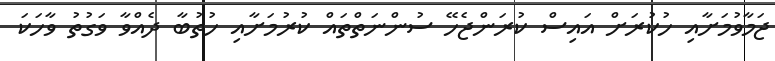
ޖަމާވުމަށާއި ހުކުރަށް އައިސް ކުރަންޖެހޭ ސުންނަތްތައް ކުރުމަށާއި ހުތުބާ ދެއްވާ ވަގުތު ވާހަކަ